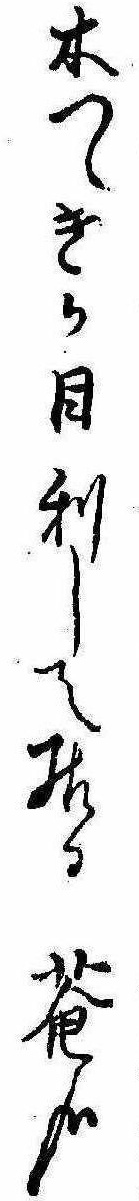
木つゝきか目利して居る庵哉